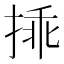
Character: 𢮿